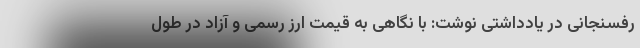
رفسنجانی در یادداشتی نوشت: با نگاهی به قیمت ارز رسمی و آزاد در طول